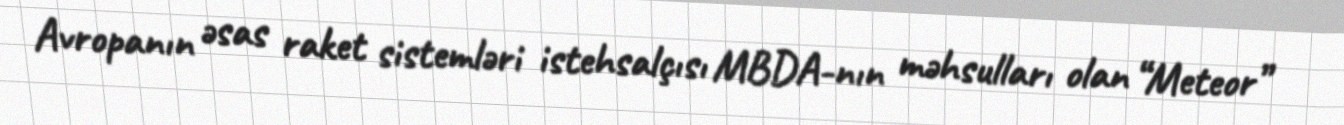
Avropanın əsas raket sistemləri istehsalçısı MBDA-nın məhsulları olan “Meteor”